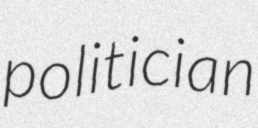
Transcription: politician